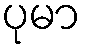
ပုမာ